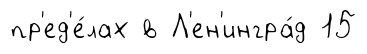
пр'ед'е́лах в Л'ен'ингра́д 15